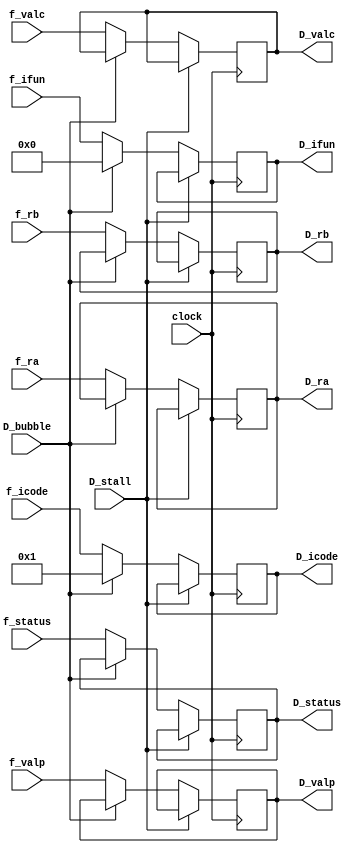
module decode_register(
    input clock,
    input [3:0] f_icode,f_ifun,f_ra,f_rb,
    input [63:0] f_valc,f_valp,
    input [1:0] f_status,
    input D_stall,D_bubble,
    output reg[1:0] D_status,
    output reg[3:0] D_icode,D_ifun,D_ra,D_rb,
    output reg[63:0] D_valc,D_valp
);

always@(posedge clock)
begin 
    if(D_stall==1)
    begin

    end

    else if(D_bubble==1)
    begin
        D_icode<=4'd1;
        D_ifun<=4'd0;
    end

    else
    begin
        D_icode<=f_icode;
        D_ifun<=f_ifun;
        D_ra<=f_ra;
        D_rb<=f_rb;
        D_valc<=f_valc;
        D_valp<=f_valp;
        D_status<=f_status;
    end
end

endmodule